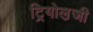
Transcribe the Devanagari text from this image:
ट्रियोल़जी